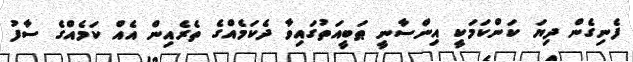
ފެނިގެން ދިޔަ ކަންކަމަކީ އިންސާނީ ޠަބީއަތުގައިވާ ދެކަމެއްގެ ތެރެއިން އެއް ކަމެއްގެ ސާފު